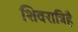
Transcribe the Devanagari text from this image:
शिवरात्रिहै